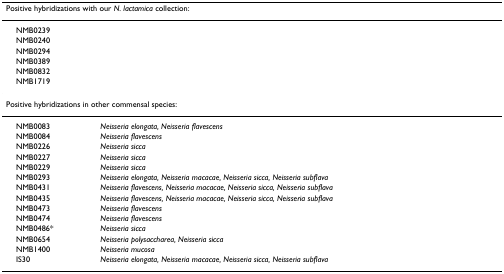
| <COLSPAN=2> Positive hybridizations with our N. lactamica collection: |
 | --- | --- |
 | NMB0239 |  |
 | NMB0240 |  |
 | NMB0294 |  |
 | NMB0389 |  |
 | NMB0832 |  |
 | NMB1719 |  |
 | <COLSPAN=2> Positive hybridizations in other commensal species: |
 | NMB0083 | Neisseria elongata, Neisseria flavescens |
 | NMB0084 | Neisseria flavescens |
 | NMB0226 | Neisseria sicca |
 | NMB0227 | Neisseria sicca |
 | NMB0229 | Neisseria sicca |
 | NMB0293 | Neisseria elongata, Neisseria macacae, Neisseria sicca, Neisseria subflava |
 | NMB0431 | Neisseria flavescens, Neisseria macacae, Neisseria sicca, Neisseria subflava |
 | NMB0435 | Neisseria flavescens, Neisseria macacae, Neisseria sicca, Neisseria subflava |
 | NMB0473 | Neisseria flavescens |
 | NMB0474 | Neisseria flavescens |
 | NMB0486* | Neisseria sicca |
 | NMB0654 | Neisseria polysaccharea, Neisseria sicca |
 | NMB1400 | Neisseria mucosa |
 | IS30 | Neisseria elongata, Neisseria macacae, Neisseria sicca, Neisseria subflava |